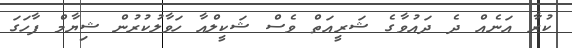
ކުރާ އަނެއް ދެ ދައުވާގެ ޝަރީއަތް ވެސް ޝަކީލްއާ ހަވާލުކުރުން ޝިޔާމް ފާހަގަ